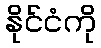
နိုင်ငံကို